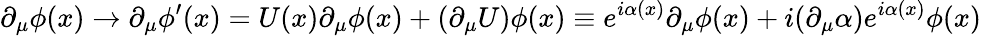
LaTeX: \partial_{\mu}\phi(x)\rightarrow\partial_{\mu}\phi^{\prime}(x)=U(x)\partial_{\mu}\phi(x)+(\partial_{\mu}U)\phi(x)\equiv e^{i\alpha(x)}\partial_{\mu}\phi(x)+i(\partial_{\mu}\alpha)e^{i\alpha(x)}\phi(x)